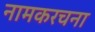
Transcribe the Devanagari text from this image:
नामकरचना